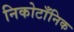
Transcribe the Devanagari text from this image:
निकोटाँनिक